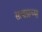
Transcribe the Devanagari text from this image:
सत्याग्राच्या